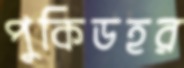
পুকিডহর